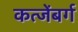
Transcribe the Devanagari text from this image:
कत्जेंबर्ग